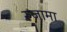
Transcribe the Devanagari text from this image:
रुजामा